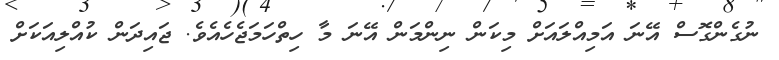
ނުގެންގޮސް އޭނަ އަމިއްލައަށް މިކަން ނިންމަން އޭނަ މާ ހިތްހަމަޖެހެއެވެ. ޖައިދަން ކުއްލިއަކަށް